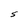
Character: S